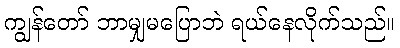
ကျွန်တော် ဘာမျှမပြောဘဲ ရယ်နေလိုက်သည်။